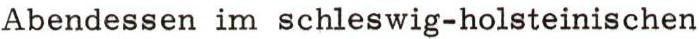
Abendessen im schleswig-holsteinischen